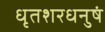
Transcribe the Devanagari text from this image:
धृतशरधनुषं